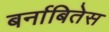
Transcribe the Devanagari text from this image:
बर्नाबितेस